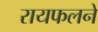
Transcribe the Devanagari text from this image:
रायफलने